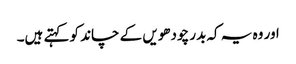
اور وہ یہ کہ بدر چودھویں کے چاند کو کہتے ہیں۔